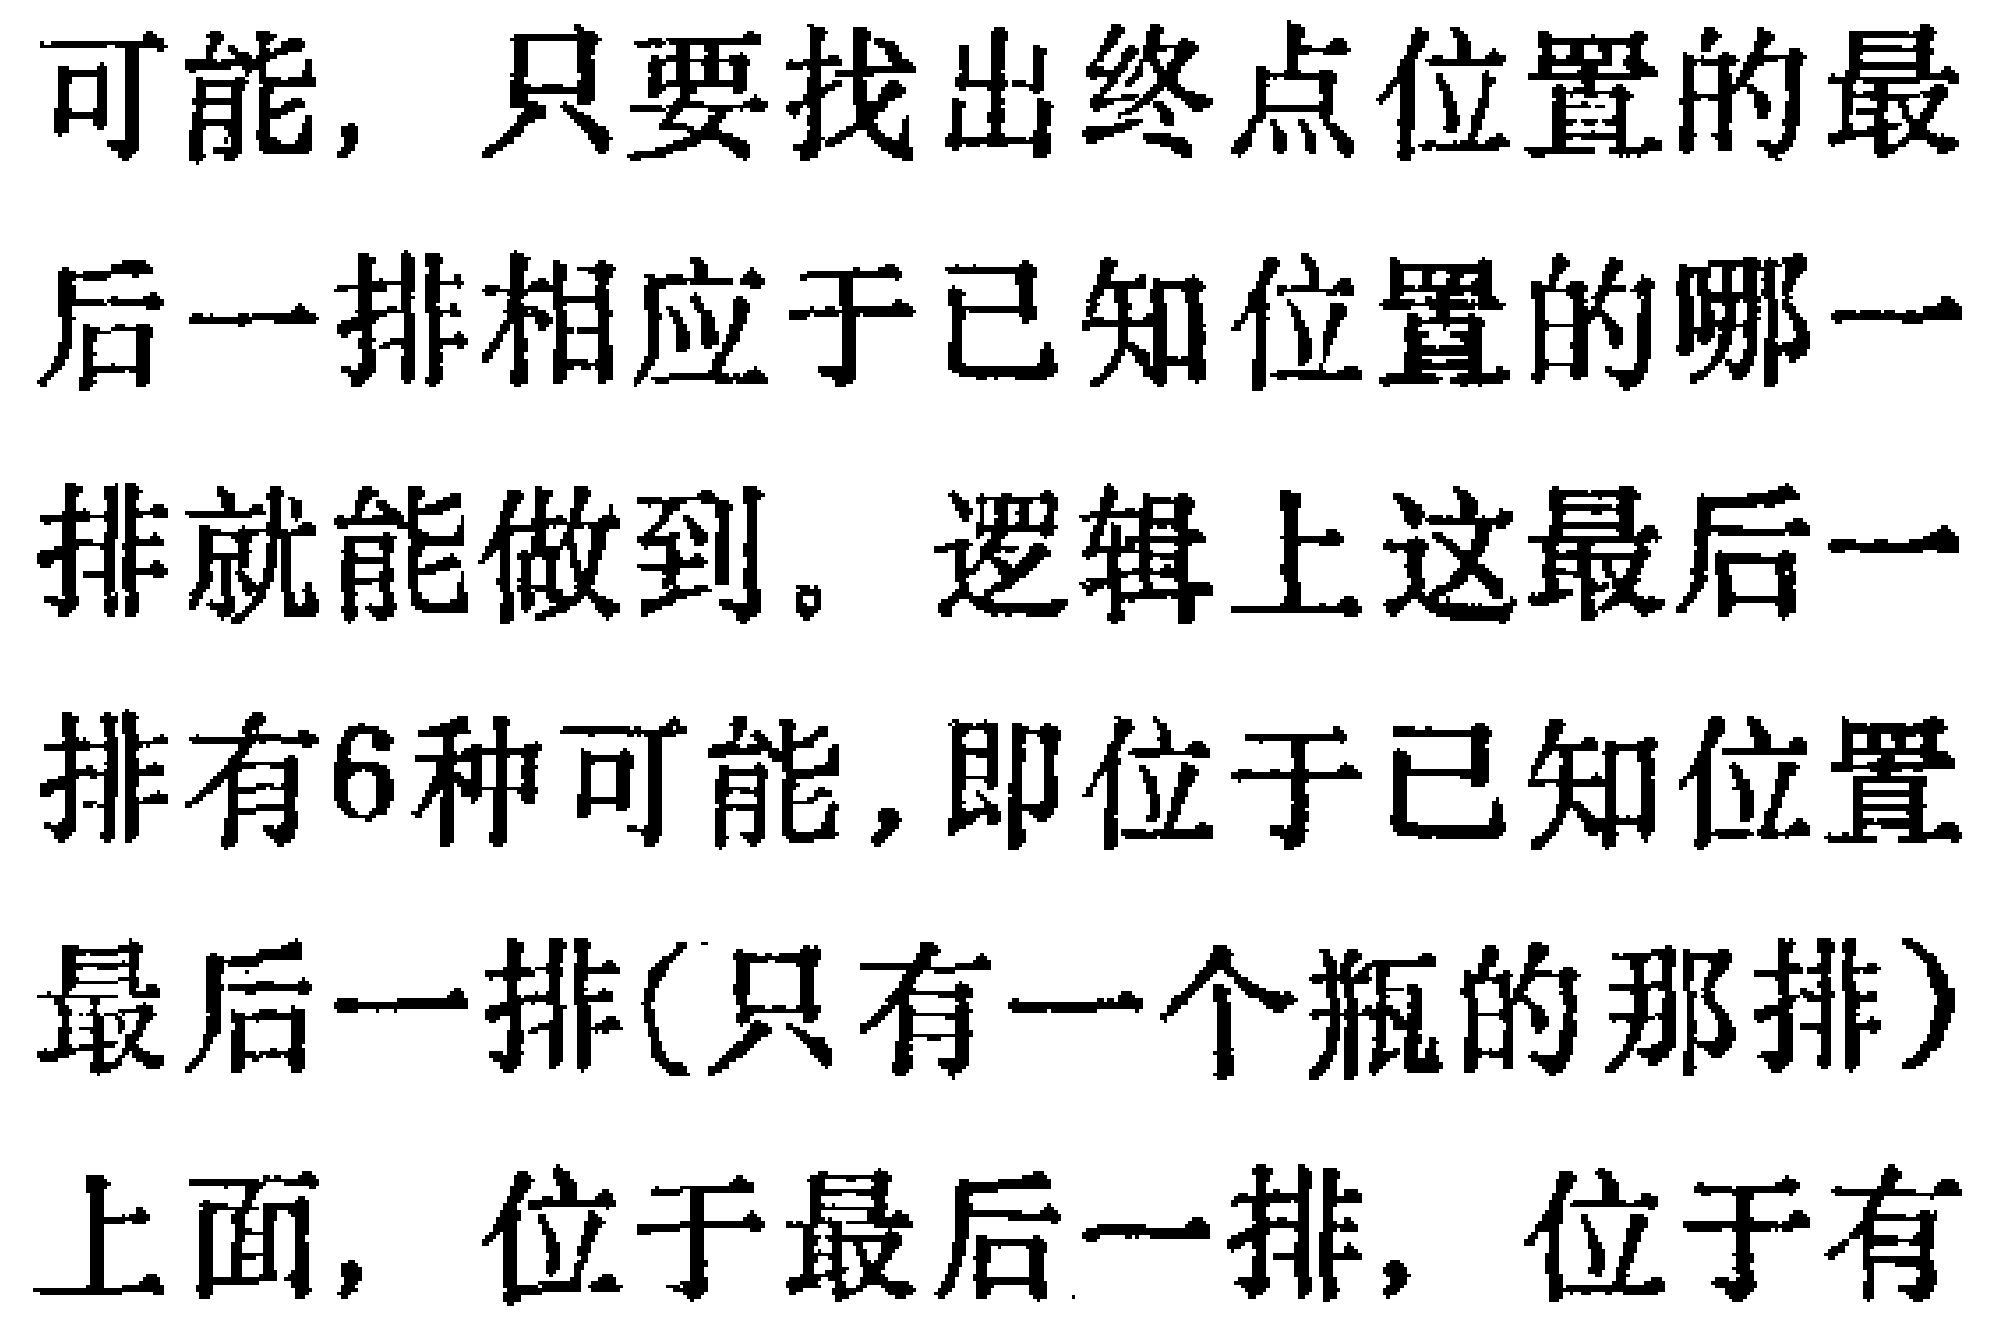
可能，只要找出终点位置的最
后一排相应于已知位置的哪一
排就能做到。逻辑上这最后一
排有6种可能，即位于已知位置
最后一排(只有一个瓶的那排)
上面，位于最后一排，位于有